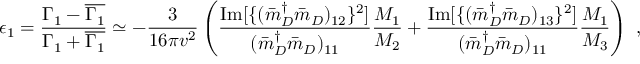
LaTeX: \epsilon _ { 1 } = \frac { \Gamma _ { 1 } - \overline { { { \Gamma _ { 1 } } } } } { \Gamma _ { 1 } + \overline { { { \Gamma _ { 1 } } } } } \simeq - \frac { 3 } { 1 6 \pi v ^ { 2 } } \left( \frac { \mathrm { I m } [ \{ ( { \bar { m } _ { D } } ^ { \dagger } \bar { m } _ { D } ) _ { 1 2 } \} ^ { 2 } ] } { ( { \bar { m } _ { D } } ^ { \dagger } \bar { m } _ { D } ) _ { 1 1 } } \frac { M _ { 1 } } { M _ { 2 } } + \frac { \mathrm { I m } [ \{ ( { \bar { m } _ { D } } ^ { \dagger } \bar { m } _ { D } ) _ { 1 3 } \} ^ { 2 } ] } { ( { \bar { m } _ { D } } ^ { \dagger } \bar { m } _ { D } ) _ { 1 1 } } \frac { M _ { 1 } } { M _ { 3 } } \right) \ ,